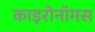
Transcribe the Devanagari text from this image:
काइरोनॉमस